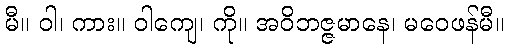
မီ။ ဝါ၊ ကား။ ဝါကျေ၊ ကို။ အဝိဘဇ္ဇမာနေ၊ မဝေဖန်မီ။